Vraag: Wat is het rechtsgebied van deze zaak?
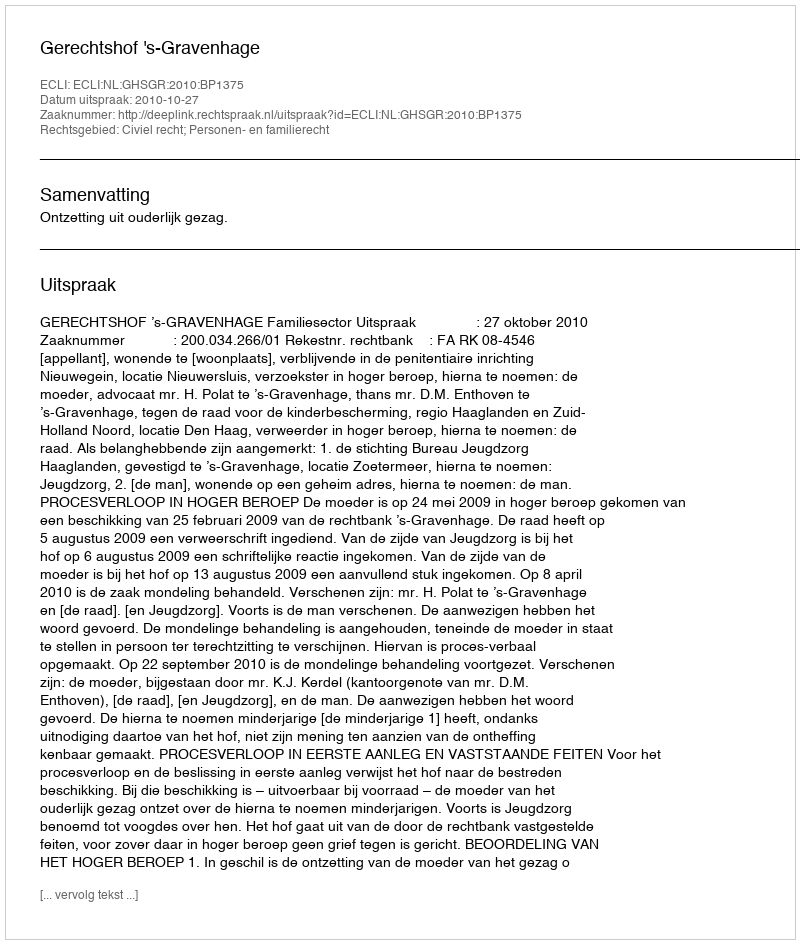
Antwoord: Civiel recht; Personen- en familierecht